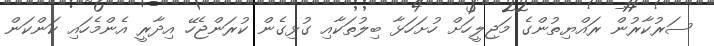
ސަރުކާރުން ރައްޔިތުންގެ މަޖިލީހަށް ހުށަހަޅާ ބިލުތަކާއި ގުޅިގެން ކުރަންޖެހޭ އިދާރީ އެންމެހައި ކަންކަން